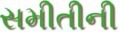
સમીતીની